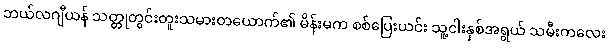
ဘယ်လဂျီယန် သတ္တုတွင်းတူးသမားတယောက်၏ မိန်းမက စစ်ပြေးယင်း သူ့ငါးနှစ်အရွယ် သမီးကလေး